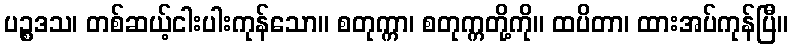
ပဉ္စဒသ၊ တစ်ဆယ့်ငါးပါးကုန်သော။ စတုက္ကာ၊ စတုက္ကတို့ကို။ ထပိတာ၊ ထားအပ်ကုန်ပြီ။